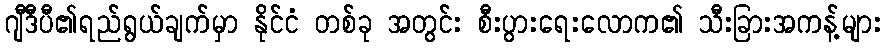
ဂျီဒီပီ၏ရည်ရွယ်ချက်မှာ နိုင်ငံ တစ်ခု အတွင်း စီးပွားရေးလောက၏ သီးခြားအကန့်များ